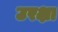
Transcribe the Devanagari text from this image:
उरक्षा